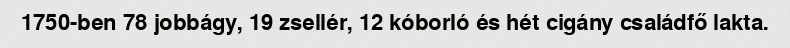
1750-ben 78 jobbágy, 19 zsellér, 12 kóborló és hét cigány családfő lakta.